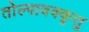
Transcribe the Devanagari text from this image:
तोल्पावक्कूत्तु